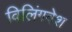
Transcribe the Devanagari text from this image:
विलिंगवेश